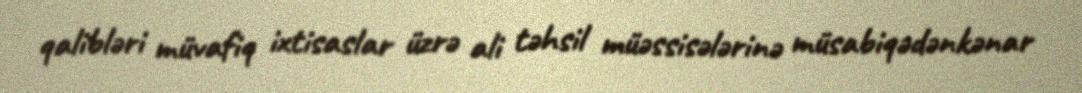
qalibləri müvafiq ixtisaslar üzrə ali təhsil müəssisələrinə müsabiqədənkənar